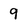
Character: 9